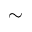
\sim